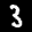
Label: 3